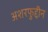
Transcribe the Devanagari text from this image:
अशरफुद्दीन